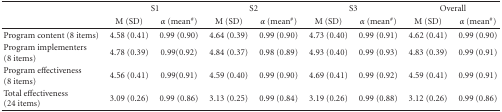
| <ROWSPAN=2>  | <COLSPAN=2> S1 | <COLSPAN=2> S2 | <COLSPAN=2> S3 | <COLSPAN=2> Overall |
 | M (SD) | α (mean#) | M (SD) | α (mean#) | M (SD) | α (mean#) | M (SD) | α (mean#) |
 | --- | --- | --- | --- | --- | --- | --- | --- | --- |
 | Program content (8 items) | 4.58 (0.41) | 0.99 (0.90) | 4.64 (0.39) | 0.99 (0.90) | 4.73 (0.40) | 0.99 (0.91) | 4.62 (0.41) | 0.99 (0.90) |
 | Program implementers (8 items) | 4.78 (0.39) | 0.99(0.92) | 4.84 (0.37) | 0.98 (0.89) | 4.93 (0.40) | 0.99 (0.93) | 4.83 (0.39) | 0.99 (0.91) |
 | Program effectiveness (8 items) | 4.56 (0.41) | 0.99(0.91) | 4.59 (0.40) | 0.99 (0.90) | 4.69 (0.41) | 0.99 (0.92) | 4.59 (0.41) | 0.99 (0.91) |
 | Total effectiveness (24 items) | 3.09 (0.26) | 0.99 (0.86) | 3.13 (0.25) | 0.99 (0.84) | 3.19 (0.26) | 0.99 (0.88) | 3.12 (0.26) | 0.99 (0.86) |